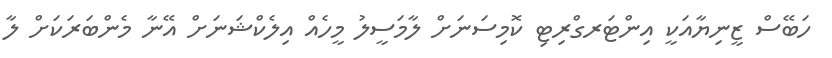
ހަބޭސް ޒީނިޔާއަކީ އިންޓަރގްރިޓި ކޮމިސަނަށް ލާމަސީލު މީހެއް އިލެކްޝަނަށް އޭނާ މެންބަރަކަށް ލާ